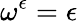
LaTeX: \omega^{\epsilon}=\epsilon